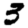
Digit: 3